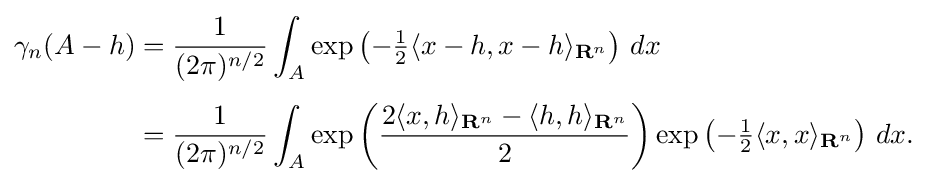
{\begin{aligned}\gamma _{n}(A-h)&={\frac {1}{(2\pi )^{n/2}}}\int _{A}\exp \left(-{\tfrac {1}{2}}\langle x-h,x-h\rangle _{\mathbf {R} ^{n}}\right)\,dx\\[4pt]&={\frac {1}{(2\pi )^{n/2}}}\int _{A}\exp \left({\frac {2\langle x,h\rangle _{\mathbf {R} ^{n}}-\langle h,h\rangle _{\mathbf {R} ^{n}}}{2}}\right)\exp \left(-{\tfrac {1}{2}}\langle x,x\rangle _{\mathbf {R} ^{n}}\right)\,dx.\end{aligned}}